Indian journal of veterinary science and animal husbandry - Volumes 18-21, 1948-1951
Year: 1948
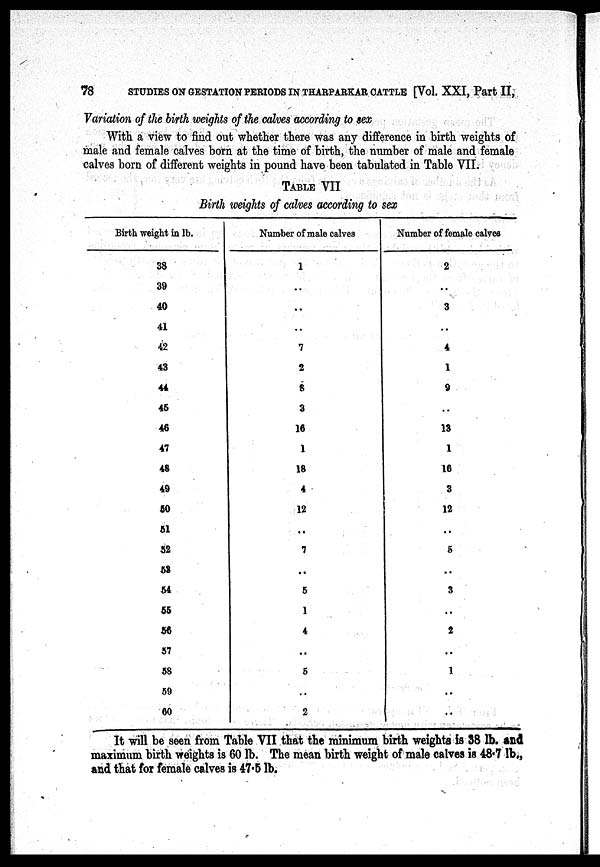
78
STUDIES ON GESTATION PERIODS IN THARPARKAR CATTLE [Vol. XXI, Part II,
Variation of the birth weights of the calves according to sex
With a view to find out whether there was any difference in birth weights of
male and female calves born at the time of birth, the number of male and female
calves born of different weights in pound have been tabulated in Table VII.
TABLE VII
Birth weights of calves according to sex
Birth weight in lb.
38
39
40
41
42
43
44
45
46
47
48
49
50
51
52
53
54
55
56
57
58
59
60
Number of male calves
1
..
..
..
7
2
8
3
16
1
18
4
12
..
7
..
5
1
4
..
5
..
2
Number of female calves
2
..
3
..
4
1
9
..
13
1
16
3
12
..
5
..
3
. .
2
..
1
..
..
It will be seen from Table VII that the minimum birth weights is 38 lb. and
maximum birth weights is 60 lb. The mean birth weight of male calves is 48.7 lb.,
and that for female calves is 47.5 lb.